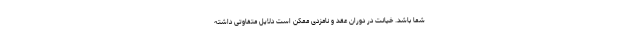
شما باشد. خیانت در دوران عقد و نامزدی ممکن است دلایل متفاوتی داشته